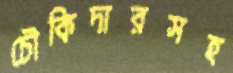
চৌকিদারসহ